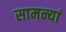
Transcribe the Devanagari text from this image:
सामन्यां